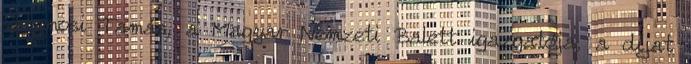
Solymosi Tamás, a Magyar Nemzeti Balett igazgatója, a díjat